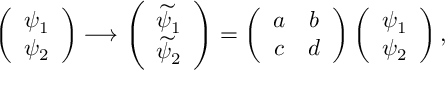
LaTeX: \left( \begin{array} { c } { { \psi _ { 1 } } } \\ { { \psi _ { 2 } } } \end{array} \right) \longrightarrow \left( \begin{array} { c } { { \widetilde \psi _ { 1 } } } \\ { { \widetilde \psi _ { 2 } } } \end{array} \right) = \left( \begin{array} { c } { { a } } \\ { { c } } \end{array} \begin{array} { c c } { { b } } \\ { { d } } \end{array} \right) \left( \begin{array} { c } { { \psi _ { 1 } } } \\ { { \psi _ { 2 } } } \end{array} \right) ,